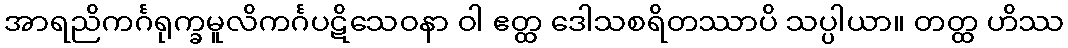
အာရညိကင်္ဂရုက္ခမူလိကင်္ဂပဋိသေဝနာ ဝါ ဧတ္ထ ဒေါသစရိတဿာပိ သပ္ပါယာ။ တတ္ထ ဟိဿ